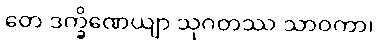
တေ ဒက္ခိဏေယျာ သုဂတဿ သာဝကာ၊